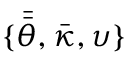
\{ \bar { \bar { \theta } } , \bar { \kappa } , \upsilon \}